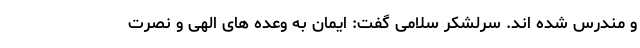
و مندرس شده اند. سرلشکر سلامی گفت: ایمان به وعده های الهی و نصرت